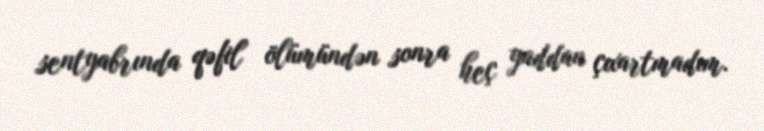
sentyabrında qəfil ölümündən sonra heç yaddan çıxartmadım.